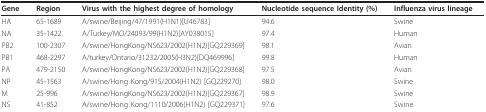
| Gene | Region | Virus with the highest degree of homology | Nucleotide sequence Identity (%) | Influenza virus lineage |
 | --- | --- | --- | --- | --- |
 | HA | 65-1689 | A/swine/Beijing/47/1991(H1N1)[U46783] | 94.6 | Swine |
 | NA | 35-1422 | A/Turkey/MO/24093/99(H1N2)[AY038015] | 97.4 | Human |
 | PB2 | 100-2307 | A/swine/HongKong/NS623/2002(H1N2)[GQ229369] | 98.1 | Avian |
 | PB1 | 468-2297 | A/turkey/Ontario/31232/2005(H3N2)[DQ469996] | 99.8 | Human |
 | PA | 479-2150 | A/swine/HongKong/NS623/2002(H1N2)[GQ229368] | 97.5 | Avian |
 | NP | 45-1563 | A/swine/Hong Kong/915/2004(H1N2) [GQ229270] | 98.0 | Swine |
 | M | 25-996 | A/swine/HongKong/NS623/2002(H1N2)[GQ229367] | 98.9 | Swine |
 | NS | 41-852 | A/swine/Hong Kong/1110/2006(H1N2) [GQ229371] | 97.6 | Swine |